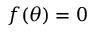
f ( \theta ) = 0